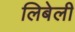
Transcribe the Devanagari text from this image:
लिबेली